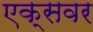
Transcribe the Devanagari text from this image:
एक्सवर